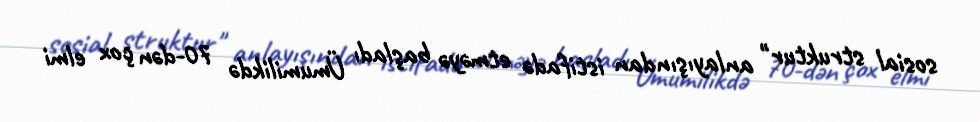
sosial struktur" anlayışından istifadə etməyə başladı Ümumilikdə 70-dən çox elmi